Vaccine operations Central Provinces 1868-1885 - 1868-1885
Year: 1868
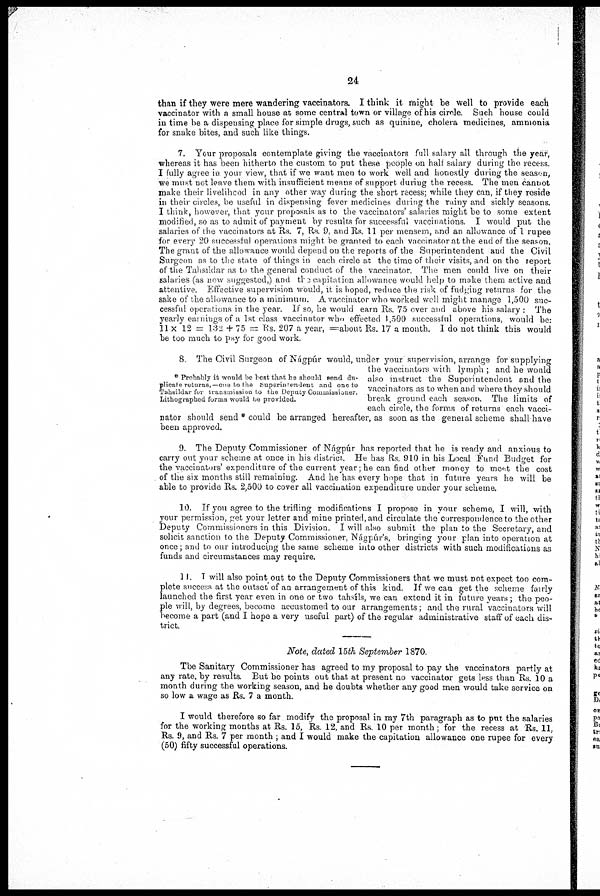
24
than if they were mere wandering vaccinators. I think it might be well to provide each
vaccinator with a small house at some central town or village of his circle. Such house could
in time be a dispensing place for simple drugs, such as quinine, cholera medicines, ammonia
for snake bites, and such like things.
7. Your proposals contemplate giving the vaccinators full salary all through the year,
whereas it has been hitherto the custom to put these people on half salary during the recess.
I fully agree in your view, that if we want men to work well and honestly during the season,
we must not leave them with insufficient means of support during the recess. The men cannot
make their livelihood in any other way during the short recess; while they can, if they reside
in their circles, be useful in dispensing fever medicines during the rainy and sickly seasons.
I think, however, that your proposals as to the vaccinators' salaries might be to some extent
modified, so as to admit of payment by results for successful vaccinations. I would put the
salaries of the vaccinators at Rs. 7, Rs. 9. and Rs. 11 per mensem, and an allowance of 1 rupee
for every 20 successful operations might be granted to each vaccinator at the end of the season.
The grant of the allowance would depend on the reports of the Superintendent and the Civil
Surgeon as to the state of things in each circle at the time of their visits, and on the report
of the Tahsildar as to the general conduct of the vaccinator. The men could live on their
salaries (as now suggested,) and the capitation allowance would help to make them active and
attentive. Effective supervision would, it is hoped, reduce the risk of fudging returns for the
sake of the allowance to a minimum. A vaccinator who worked well might manage 1,500 suc
cessful operations in the year. If so, he would earn Rs. 75 over and above his salary . The
yearly earnings of a 1st class vaccinator who effected 1,500 successful operations, would be:
11 Χ 12 = 132 + 75 = Rs. 207 a year, —about Rs. 17 a month. I do not think this would
be too much to Pay for good work.
* Probably it would be best that he should send du
plicate returns,—one to the
Superitendent
and one to
Tahsildar fur transmission to the Deputy Commissioner.
Lithographed forms would be provided.
8. The Civil Surgeon of Nágpúr would, under your supervision, arrange for supplying
the vaccinators with lymph ; and he would
also instruct the Superitendent and the
vaccinators as to when and where they should
break ground each season. The limits of
each circle, the forms of returns each vacci-
nator should send * could be arranged hereafter, as soon as the general scheme shall have
been approved.
9. The Deputy Commissioner of Nágpúr has reported that he is ready and anxious to
carry out your scheme at once in his district. He has Rs 910 in his Local Fund Budget for
the vaccinators' expenditure of the current year; he can find other money to meet the cost
of the six months still remaining. And he has every hope that in future years he will be
able to provide Rs. 2,500 to cover all vaccination expenditure under your scheme.
10. If you agree to the trifling modifications I propose in your scheme, I will, with
your permission, get your letter and mine printed, and circulate the correspondence to the other
Deputy Commissioners in this Division. I will also submit the plan to the Secretary, and
solicit sanction to the Deputy Commissioner. Nágpúr's, bringing your plan into operation at
once; and to our introducing the same scheme into other districts with such modifications as
funds and circumstances may require.
11. I will also point out to the Deputy Commissioners that we must not expect too com-
plete success at the outset of an arrangement of this kind. If we can get the scheme fairly
launched the first year even in one or two tahsils, we can extend it in future years; the peo-
ple will, by degrees, become accustomed to our arrangements; and the rural vaccinators will
become a part (and I hope a very useful part) of the regular administrative staff of each dis-
trict.
Note, dated 15th September 1870.
The Sanitary Commissioner has agreed to my proposal to pay the vaccinators partly at
any rate, by results. But ho points out that at present no vaccinator gets less than Rs. 10 a
month during the working season, and he doubts whether any good men would take service on
so low a wage as Rs. 7 a month.
I would therefore so far modify the proposal in my 7th paragraph as to put the salaries
for the working months at Rs. 15, Rs. 12, and Rs. 10 per month; for the recess at Rs. 11,
Rs. 9, and Rs. 7 per month ; and I would make the capitation allowance one rupee for every
(50) fifty successful operations.